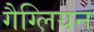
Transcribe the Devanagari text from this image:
गैग्लियन